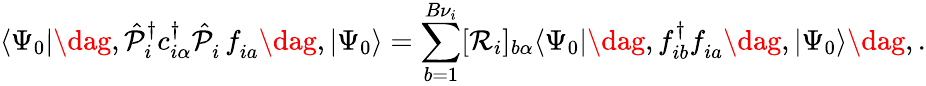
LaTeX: \langle\Psi_{0}|\dag,\hat{\mathcal{P}}_{i}^{{\dagger}}c_{i\alpha}^{\dagger}\hat{\mathcal{P}}_{i}^{\phantom{\dagger}}f_{ia}^{\phantom{\dagger}}\dag,|\Psi_{0}\rangle=\sum_{b=1}^{B{\nu}_{i}}[\mathcal{R}_{i}]_{b\alpha}\langle\Psi_{0}|\dag,f_{ib}^{\dagger}f_{ia}^{\phantom{\dagger}}\dag,|\Psi_{0}\rangle\dag,.